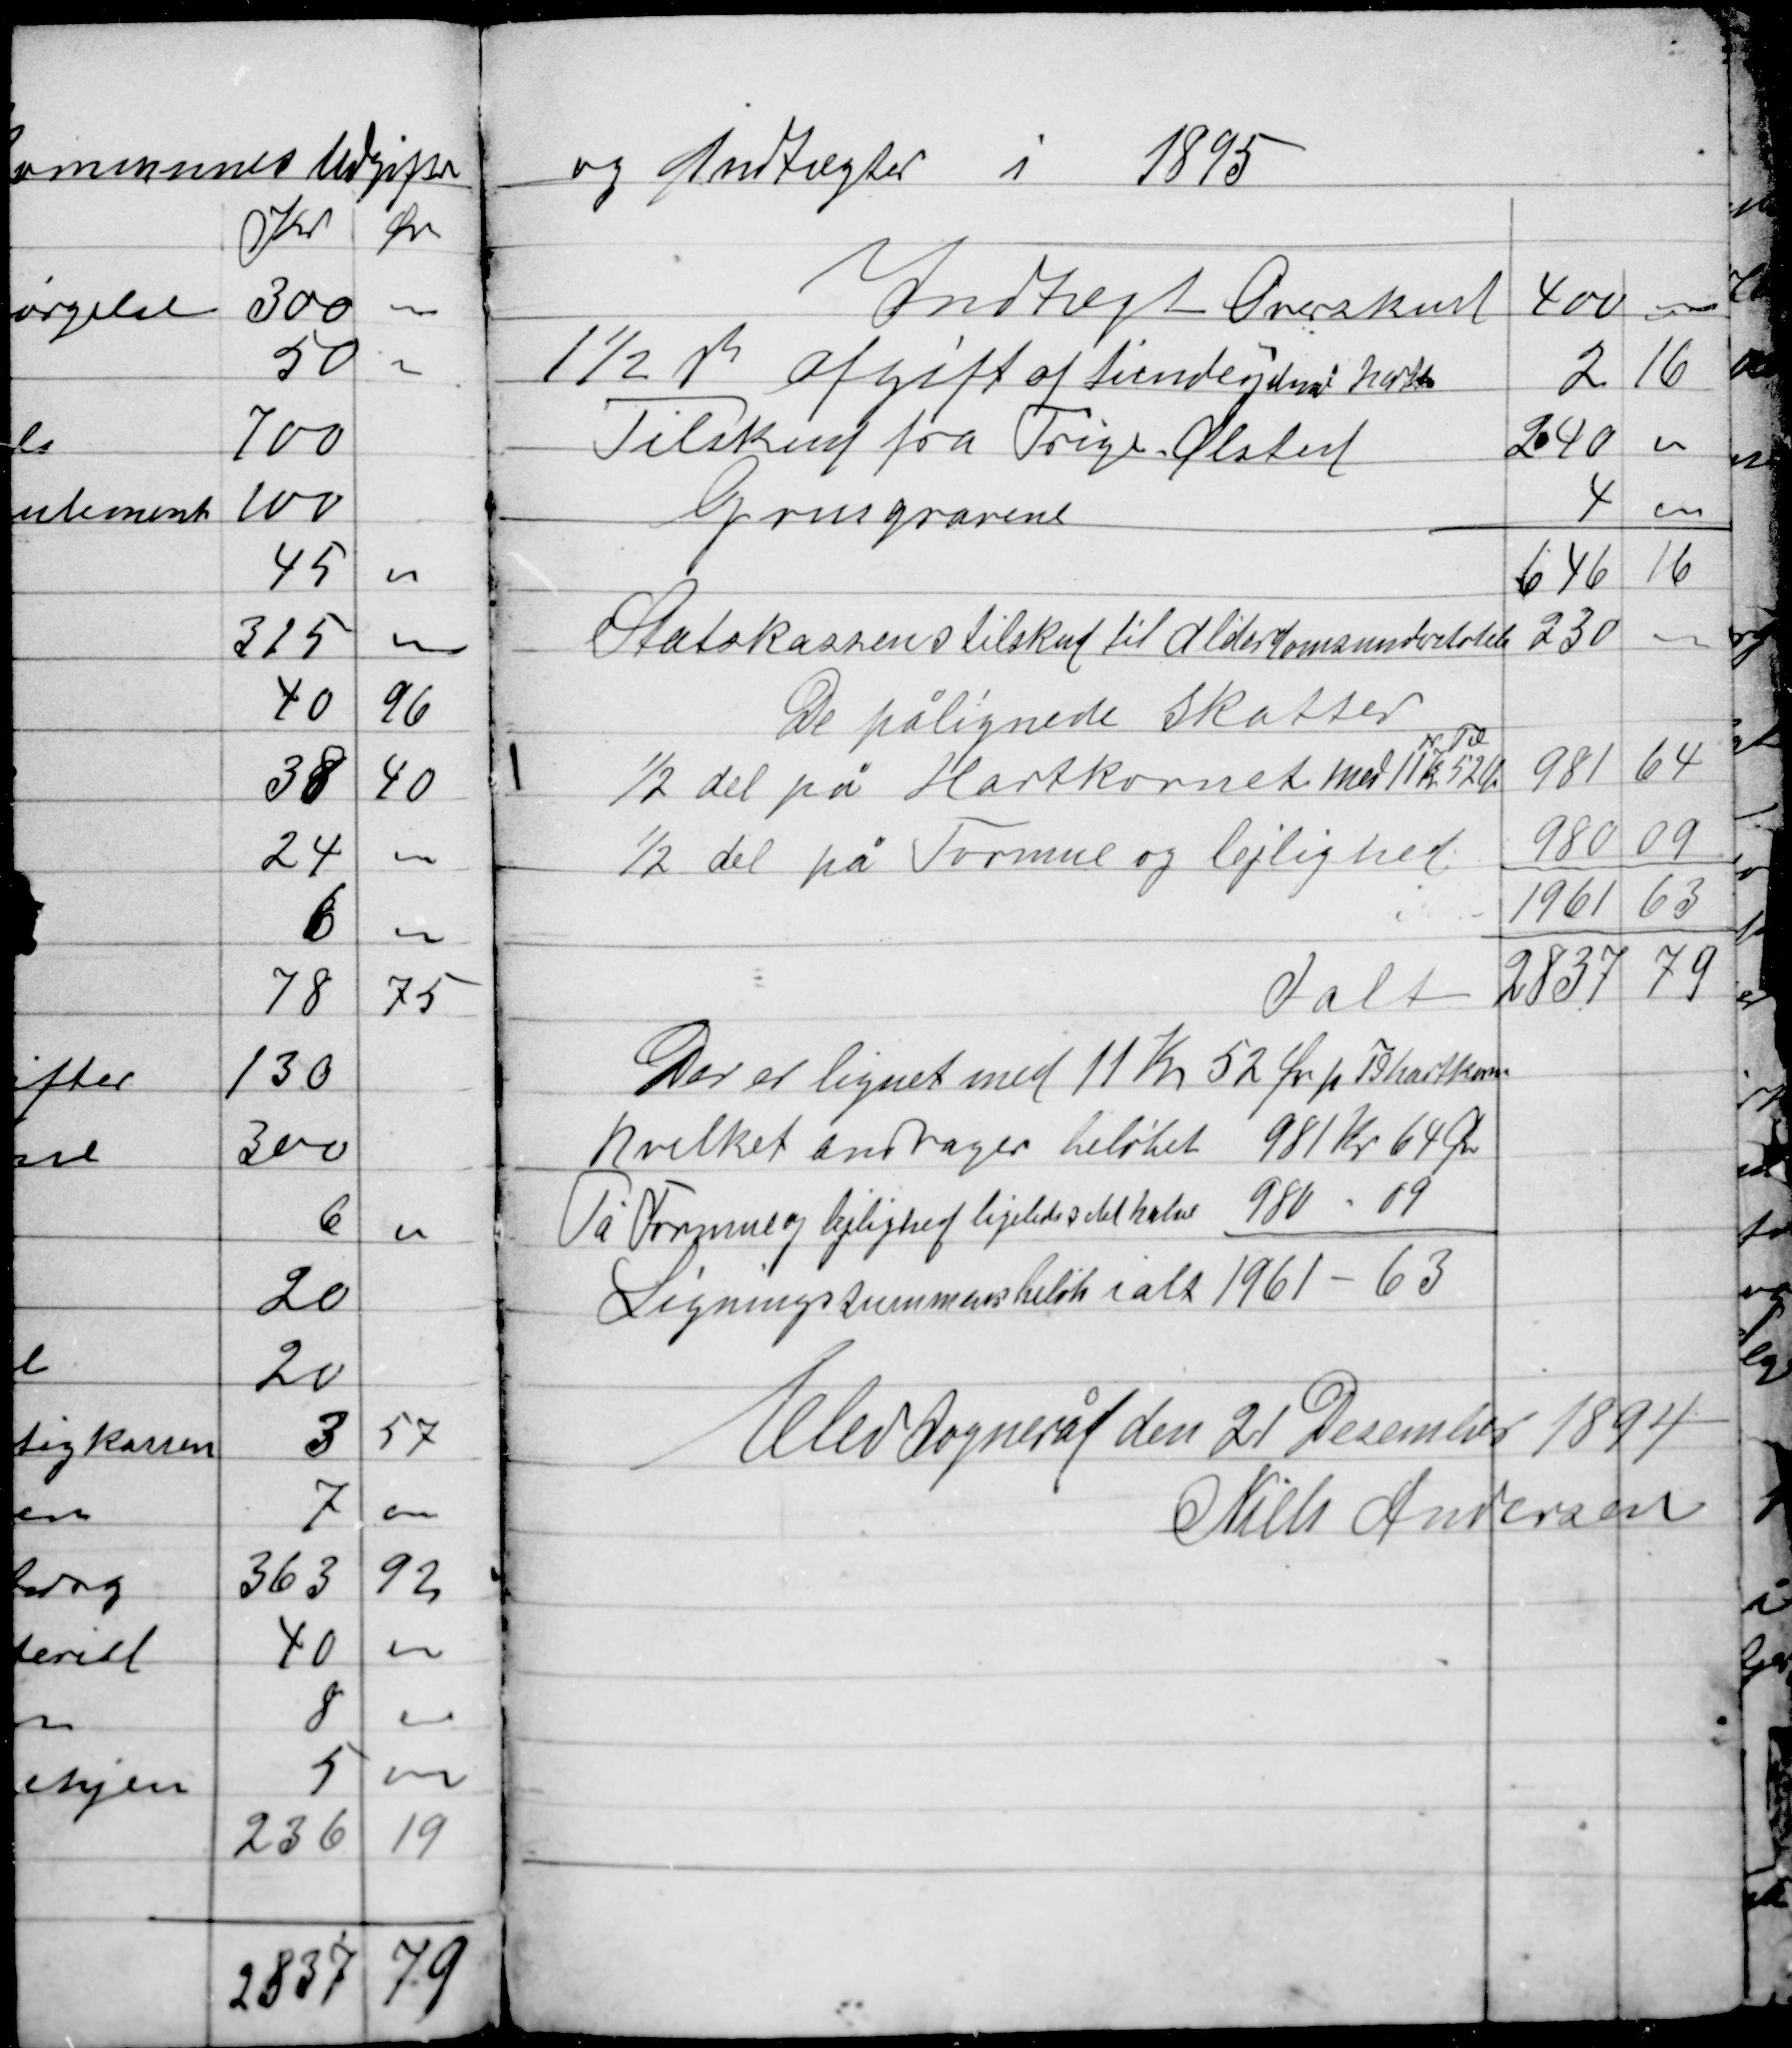
Transskription:
og Indtægter i 1895

Elev Sogneråd den 21 Desember 1894
Niels Andersen